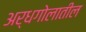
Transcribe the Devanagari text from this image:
अर्धगोलातील